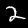
Digit: 2